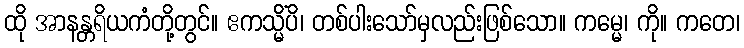
ထို အာနန္တရိယကံတို့တွင်။ ဧကသ္မိံပိ၊ တစ်ပါးသော်မှလည်းဖြစ်သော။ ကမ္မေ၊ ကို။ ကတေ၊